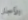
الأجل